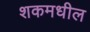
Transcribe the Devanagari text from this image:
शकमधील